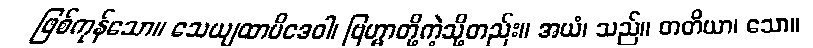
ဖြစ်ကုန်သော။ သေယျထာပိဒေဝါ၊ ဗြဟ္မာတို့ကဲ့သို့တည်း။ အယံ၊ သည်။ တတိယာ၊ သော။